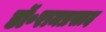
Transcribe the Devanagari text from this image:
डॉ॰रामप्रसाद